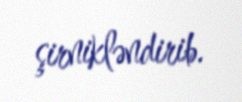
şirnikləndirib.